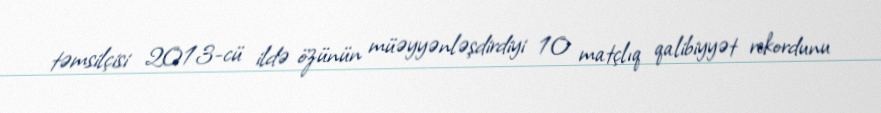
təmsilçisi 2013-cü ildə özünün müəyyənləşdirdiyi 10 matçlıq qalibiyyət rekordunu